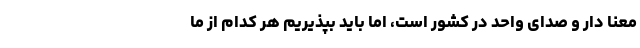
معنا دار و صدای واحد در کشور است، اما باید بپذیریم هر کدام از ما